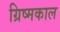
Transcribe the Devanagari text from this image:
ग्रिष्मकाल